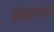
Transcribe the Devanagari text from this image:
अभिकलानात्म्क